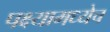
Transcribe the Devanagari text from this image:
पक्ष्यामध्येच